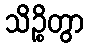
သိဉ္စိတွာ